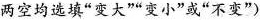
两空均选填”变大””变小”或”不变”)